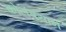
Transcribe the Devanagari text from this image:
कोलंबसाने